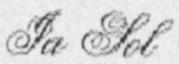
Ia Sol